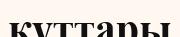
құттары